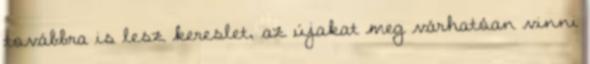
továbbra is lesz kereslet, az újakat meg várhatóan vinni